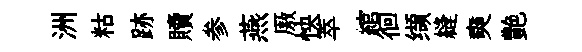
洲䊀跡贖参燕厫怏萃綰徊缬縫奭艶